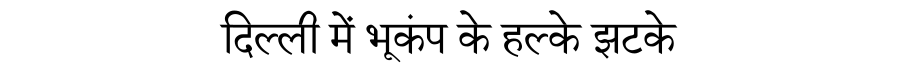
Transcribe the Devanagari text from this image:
दिल्ली में भूकंप के हल्के झटके